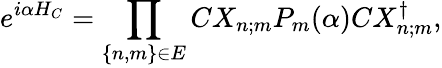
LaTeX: e^{i\alpha H_{C}}=\prod_{\left\{ n,m\right\} \in E}CX_{n;m}P_{m}(\alpha)CX_{n;m}^{\dagger},